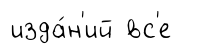
изда́н'ий вс'е